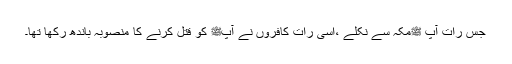
جس رات آپ ﷺمکہ سے نکلے ،اسی رات کافروں نے آپﷺ کو قتل کرنے کا منصوبہ باندھ رکھا تھا۔